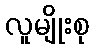
လူမျိုးစု